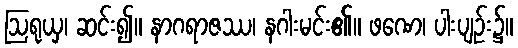
ဩရုယှ၊ ဆင်း၍။ နာဂရာဇဿ၊ နဂါးမင်း၏။ ဖဏေ၊ ပါးပျဉ်း၌။